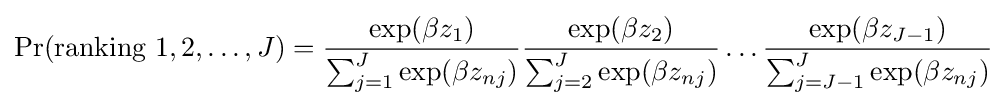
\Pr({\text{ranking }}1,2,\ldots ,J)={\exp(\beta z_{1}) \over \sum _{j=1}^{J}\exp(\beta z_{nj})}{\exp(\beta z_{2}) \over \sum _{j=2}^{J}\exp(\beta z_{nj})}\ldots {\exp(\beta z_{J-1}) \over \sum _{j=J-1}^{J}\exp(\beta z_{nj})}